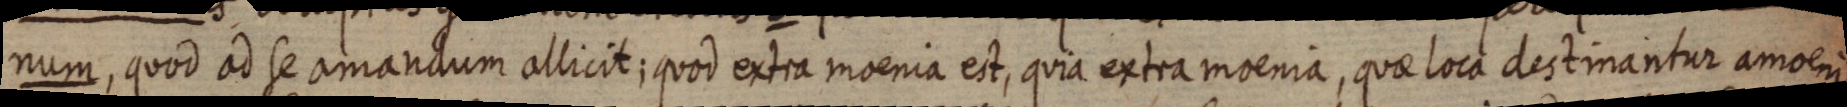
num, quod ad se amandum allicit; quod extra moenia est, quia extra moenia, quae loca destinantur amoeni